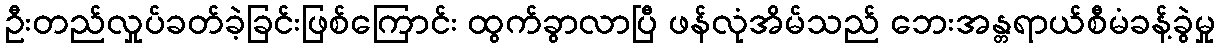
ဦးတည်လှုပ်ခတ်ခဲ့ခြင်းဖြစ်ကြောင်း ထွက်ခွာလာပြီ ဖန်လုံအိမ်သည် ဘေးအန္တရာယ်စီမံခန့်ခွဲမှု